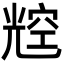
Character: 䆪